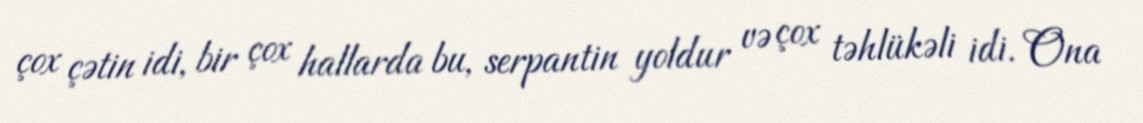
çox çətin idi, bir çox hallarda bu, serpantin yoldur və çox təhlükəli idi. Ona